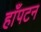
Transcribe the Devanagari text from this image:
हाँपटन